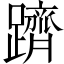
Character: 躋